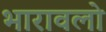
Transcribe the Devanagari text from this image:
भारावलो